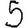
Digit: 5